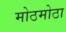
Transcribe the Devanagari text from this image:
मोठमोठा